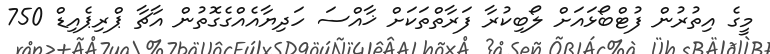
މީގެ އިތުރުން ފުޓްބޯޅައަށް ލޯބިކުރާ ފަރާތްތަކަށް ޚާއްސަ ހަދިޔާއެއްގެގޮތުން އާޗާ ޕްރިޕެއިޑް 750